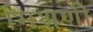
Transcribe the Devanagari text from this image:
मिश्रणी